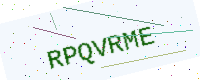
Text: RPQVRME